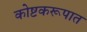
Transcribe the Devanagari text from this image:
कोष्टकरूपात